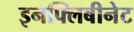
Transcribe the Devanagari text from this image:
इनफ्लिबीनेट